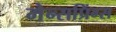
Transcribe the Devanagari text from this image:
मेन्सप्रिंग्स